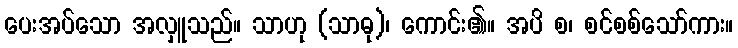
ပေးအပ်သော အလှူသည်။ သာဟု (သာဓု)၊ ကောင်း၏။ အပိ စ၊ စင်စစ်သော်ကား။